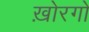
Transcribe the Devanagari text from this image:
ख़ोरगो